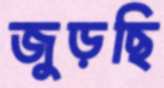
জুড়ছি